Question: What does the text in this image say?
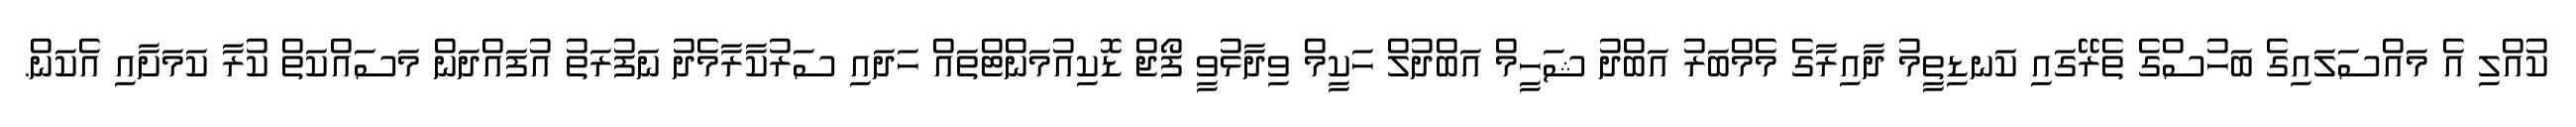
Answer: ކުއްލި އެ މައްސަލައިގެ ބަހުސްގެ ތެރޭގައި ކަނޑިތީމު ދާއިރާގެ މެމްބަރު އަބްދު ޝަހީމް އަބްދުލް ހަކީމް ވިދާޅުވީ ފޯޖް ޑޮކިއުމަންޓްތައް ހަދައި ސަރުކާރާމެދު ނަފުރަތު އުފައްދަން މަސައްކަތް ކުރާ ކަމަށާއި އެކަން.